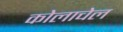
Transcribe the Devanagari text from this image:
कोलाचेल